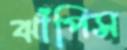
ঝাঁপিস